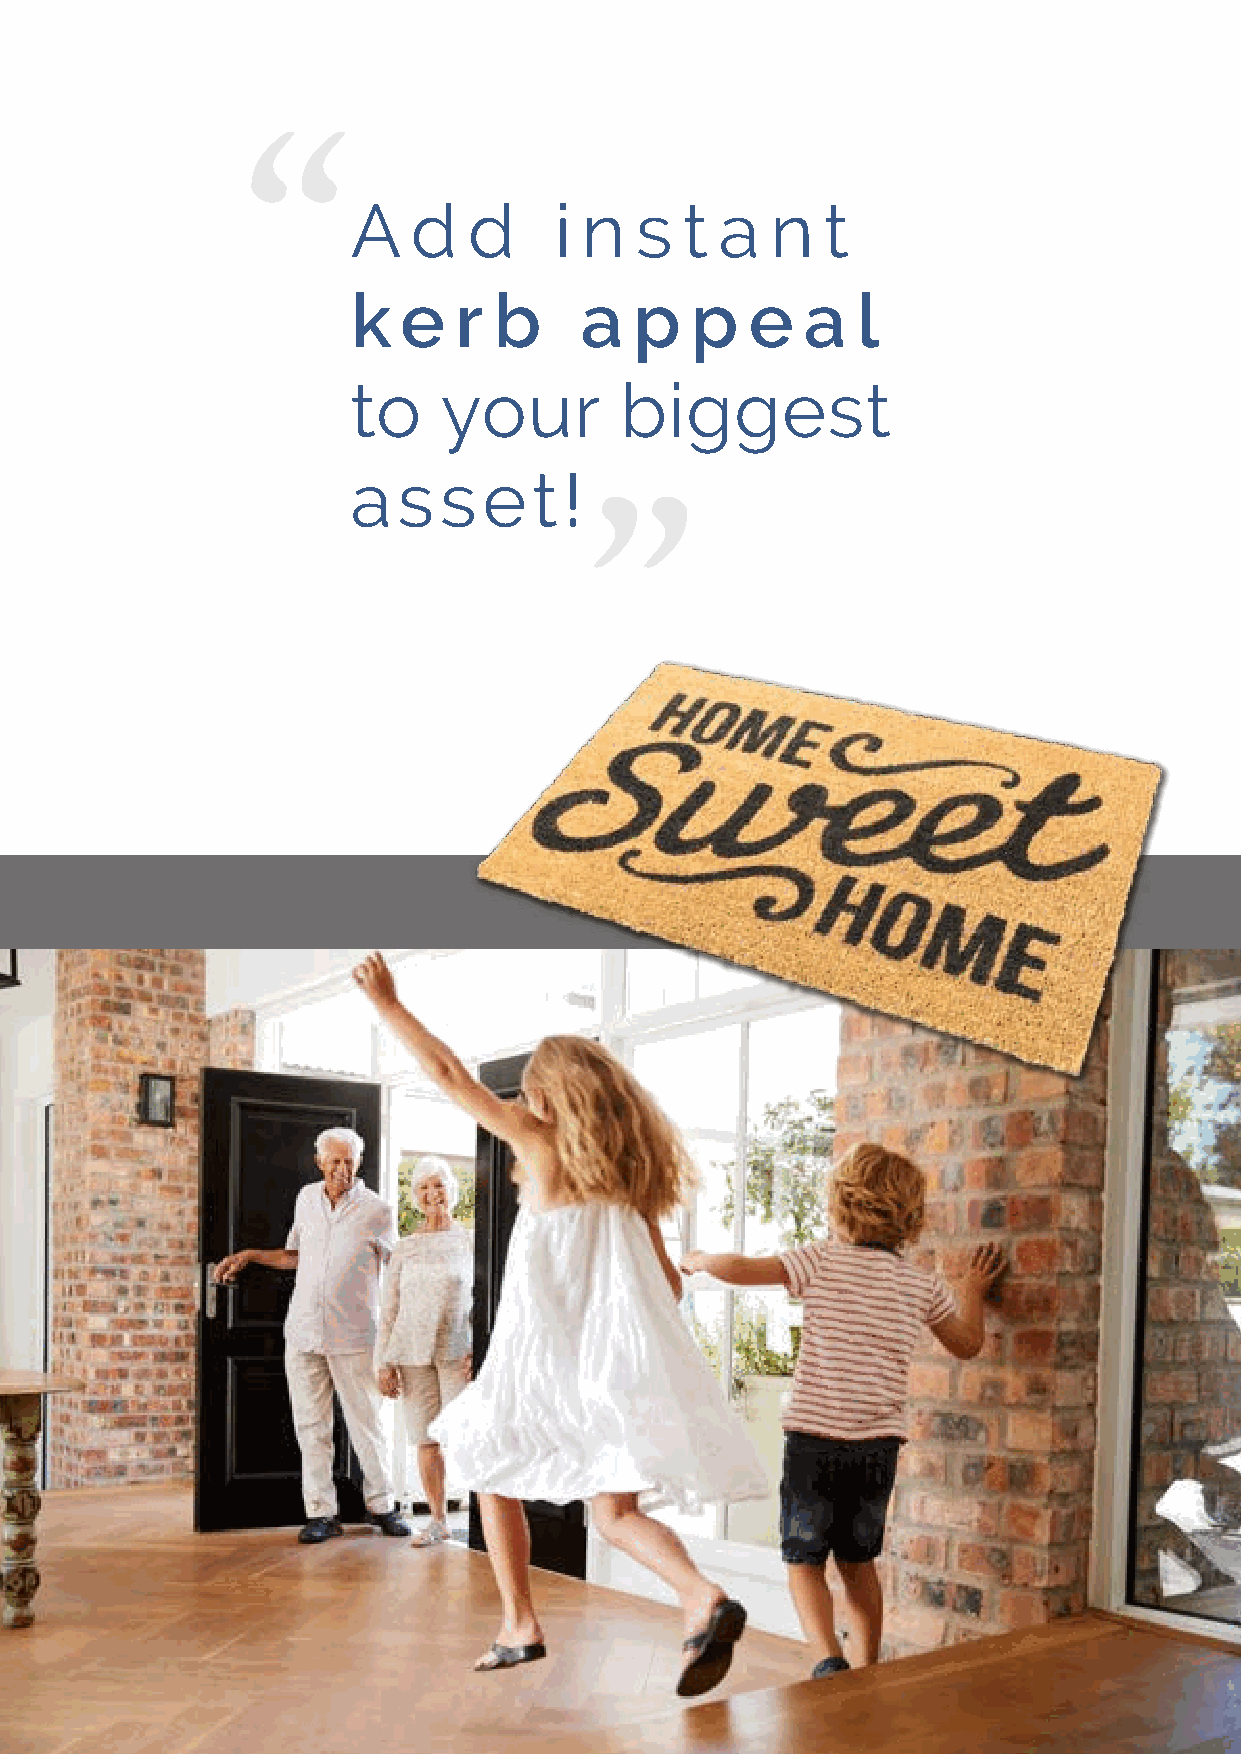
A   d   d     i n  s  t  a  n   t
 k  e   r  b    a   p   p   e  a   l
 to    your        biggest
 ”
 asset!